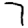
Digit: 7